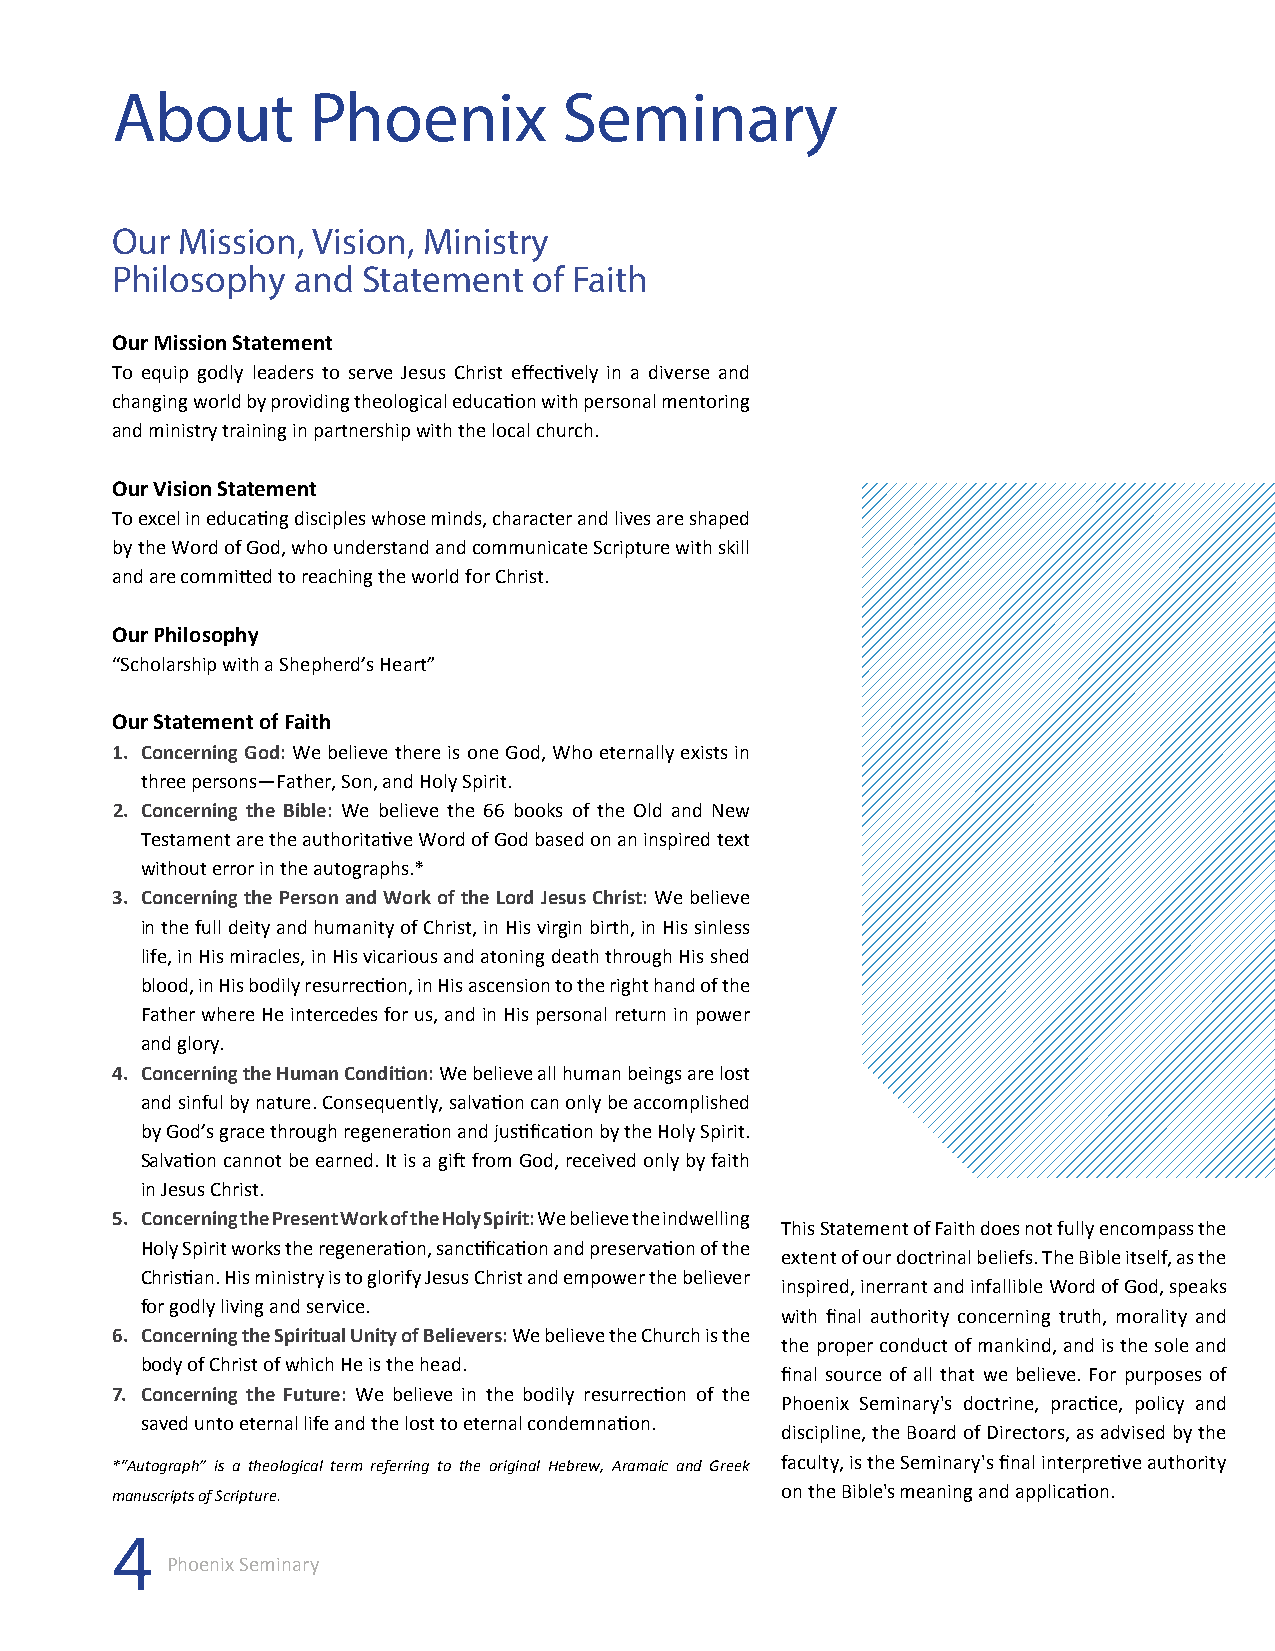
About        Phoenix          Seminary
 Our  Mission, Vision, Ministry
 Philosophy  and  Statement  of Faith
 Our Mission Statement
 To equip godly leaders to serve Jesus Christ effectively in a diverse and
 changing world by providing theological education with personal mentoring
 and ministry training in partnership with the local church.
 Our Vision Statement
 To excel in educating disciples whose minds, character and lives are shaped
 by the Word of God, who understand and communicate Scripture with skill
 and are committed to reaching the world for Christ.
 Our Philosophy
 “Scholarship with a Shepherd’s Heart”
 Our Statement of Faith
 1. Concerning God: We believe there is one God, Who eternally exists in
 three persons—Father, Son, and Holy Spirit.
 2. Concerning the Bible: We believe the 66 books of the Old and New
 Testament are the authoritative Word of God based on an inspired text
 without error in the autographs.*
 3. Concerning the Person and Work of the Lord Jesus Christ: We believe
 in the full deity and humanity of Christ, in His virgin birth, in His sinless
 life, in His miracles, in His vicarious and atoning death through His shed
 blood, in His bodily resurrection, in His ascension to the right hand of the
 Father where He intercedes for us, and in His personal return in power
 and glory.
 4. Concerning the Human Condition: We believe all human beings are lost
 and sinful by nature. Consequently, salvation can only be accomplished
 by God’s grace through regeneration and justification by the Holy Spirit.
 Salvation cannot be earned. It is a gift from God, received only by faith
 in Jesus Christ.
 5. Concerning the Present Work of the Holy Spirit: We believe the indwelling
 This Statement of Faith does not fully encompass the
 Holy Spirit works the regeneration, sanctification and preservation of the
 extent of our doctrinal beliefs. The Bible itself, as the
 Christian. His ministry is to glorify Jesus Christ and empower the believer
 inspired, inerrant and infallible Word of God, speaks
 for godly living and service.
 with final authority concerning truth, morality and
 6. Concerning the Spiritual Unity of Believers: We believe the Church is the
 the proper conduct of mankind, and is the sole and
 body of Christ of which He is the head.
 final source of all that we believe. For purposes of
 7. Concerning the Future: We believe in the bodily resurrection of the
 Phoenix Seminary's doctrine, practice, policy and
 saved unto eternal life and the lost to eternal condemnation.
 discipline, the Board of Directors, as advised by the
 *“Autograph” is a theological term referring to the original Hebrew, Aramaic and Greek faculty, is the Seminary's final interpretive authority
 manuscripts of Scripture.                    on the Bible's meaning and application.
 4
 Phoenix Seminary